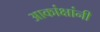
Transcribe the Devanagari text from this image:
आकांक्षांनी